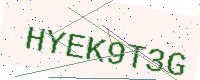
Text: HYEK9T3G